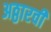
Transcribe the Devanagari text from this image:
अठ्ठारवीं